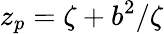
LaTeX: z_{p}=\zeta+{b^{2}}/{\zeta}